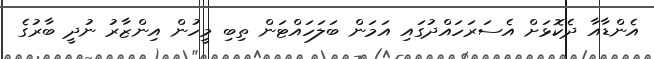
އެންޑާއާ ދެކޮޅަށް އެސަރަހައްދުގައި އަމަން ބަލަހައްޓަން ތިބި މީހުން އިންޒާރު ނުދީ ބާރުގެ